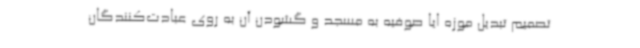
تصمیم تبدیل موزه ایا صوفیه به مسجد و گشودن آن به روی عبادت‌کنندگان